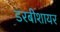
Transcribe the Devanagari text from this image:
डरबीशायर